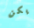
يكن